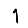
Digit: 1